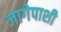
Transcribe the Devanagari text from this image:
जागेपाशी